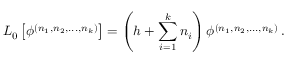
L _ { 0 } \left[ \phi ^ { ( n _ { 1 } , n _ { 2 } , . . . , n _ { k } ) } \right] = \left( h + \sum _ { i = 1 } ^ { k } n _ { i } \right) \phi ^ { ( n _ { 1 } , n _ { 2 } , . . . , n _ { k } ) } \, .